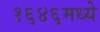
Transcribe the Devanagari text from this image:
१६४६मध्ये